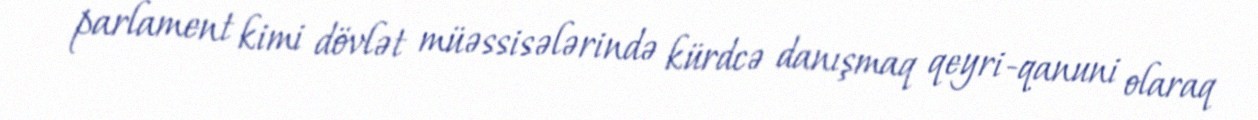
parlament kimi dövlət müəssisələrində kürdcə danışmaq qeyri-qanuni olaraq